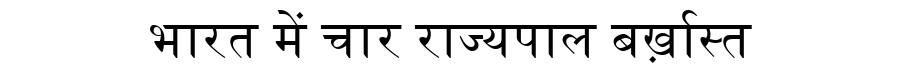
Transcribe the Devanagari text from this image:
भारत में चार राज्यपाल बर्ख़ास्त